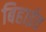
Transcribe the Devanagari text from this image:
बिहाईव